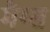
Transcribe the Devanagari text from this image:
मैग्स